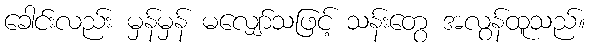
ခေါင်းလည်း မှန်မှန် မလျှော်သဖြင့် သန်းတွေ အလွန်ထူသည်။